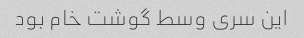
این سری وسط گوشت خام بود